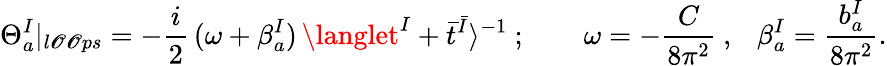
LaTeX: \Theta_{a}^{I}|_{l\mathscr{O}\mathscr{O}ps}=-\frac{{i}}{{2}}\, (\omega+\beta_{a}^{I})\, \langlet^{I}+\bar{{t}}^{\bar{{I}}}\rangle^{-1}~;{}~~~~~~~~\omega=-\frac{{C}}{{8\pi^{2}}}~,~~~\beta_{a}^{I}=\frac{{b_{a}^{I}}}{{8\pi^{2}}}.